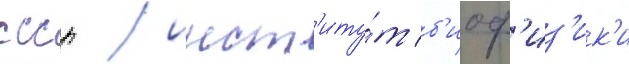
ссср / инст'иту́т б'иоф'из'ик'и